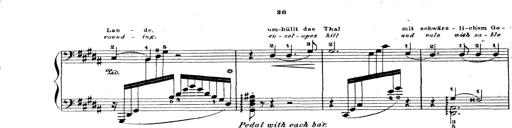
Title: Wagner-Liszt Album
Composer: Franz Liszt